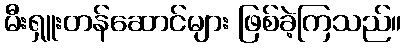
မီးရှူးတန်ဆောင်များ ဖြစ်ခဲ့ကြသည်။